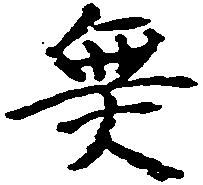
無